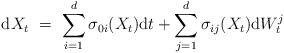
LaTeX: \begin{align*}\mathrm{d}X_t \ = \ \sum_{i=1}^d\sigma_{0i}(X_t)\mathrm{d}t + \sum_{j=1}^{d}\sigma_{ij}(X_t)\mathrm{d}W^j_t\end{align*}